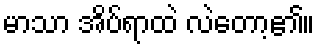
မာသာ အိပ်ရာထဲ လဲတော့၏။